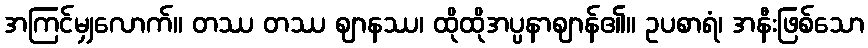
အကြင်မျှလောက်။ တဿ တဿ ဈာနဿ၊ ထိုထိုအပ္ပနာဈာန်၏။ ဥပစာရံ၊ အနီးဖြစ်သော